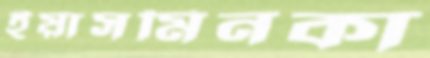
ইয়াসমিনকা